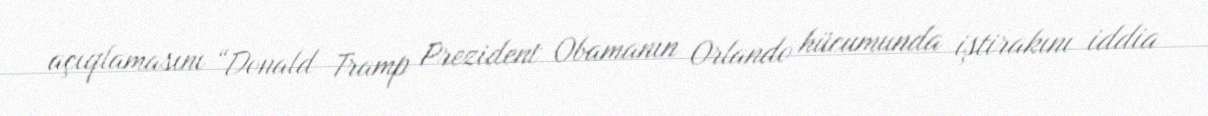
açıqlamasını “Donald Tramp Prezident Obamanın Orlando hücumunda iştirakını iddia